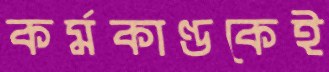
কর্মকাণ্ডকেই